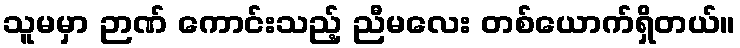
သူမမှာ ဉာဏ် ကောင်းသည့် ညီမလေး တစ်ယောက်ရှိတယ်။